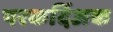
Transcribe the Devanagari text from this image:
परकर्दिअक